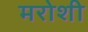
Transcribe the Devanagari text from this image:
मरोशी